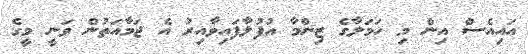
އައިއެސް އިން މި ހަމަލާގެ ޒިންމާ އުފުލާފައިވާއިރު އެ ޖަމާއަތުން ވަނީ މީގެ